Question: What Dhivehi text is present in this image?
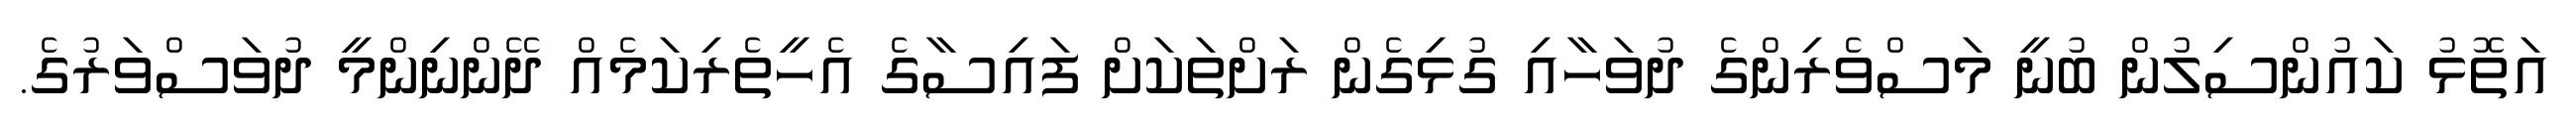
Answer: އަތޮޅު ކައުންސިލުން ބުނީ މަސްވެރިންގެ ދުވަހާއި ގުޅިގެން ރަށްތަކަށް ފައިސާގެ އެހީތެރިކަމެއް ދޭންނިންމީ ދުވަސްވަރުގެ.